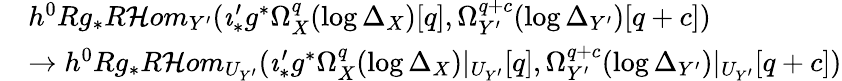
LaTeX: \begin{array}{rl}&{h^{0}Rg_{*}R\mathcal{H}om_{Y^{\prime}}(\imath_{*}^{\prime}g^{*}\Omega_{X}^{q}(\log\Delta_{X})[q],\Omega_{Y^{\prime}}^{q+c}(\log\Delta_{Y^{\prime}})[q+c])}\\ &{\to h^{0}Rg_{*}R\mathcal{H}om_{U_{Y^{\prime}}}(\imath_{*}^{\prime}g^{*}\Omega_{X}^{q}(\log\Delta_{X})|_{U_{Y^{\prime}}}[q],\Omega_{Y^{\prime}}^{q+c}(\log\Delta_{Y^{\prime}})|_{U_{Y^{\prime}}}[q+c])}\end{array}